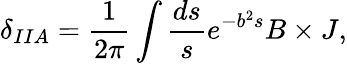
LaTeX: \delta_{IIA}=\frac{1}{2\pi}\int\frac{ds}{s}e^{-b^{2}s}B\times J,